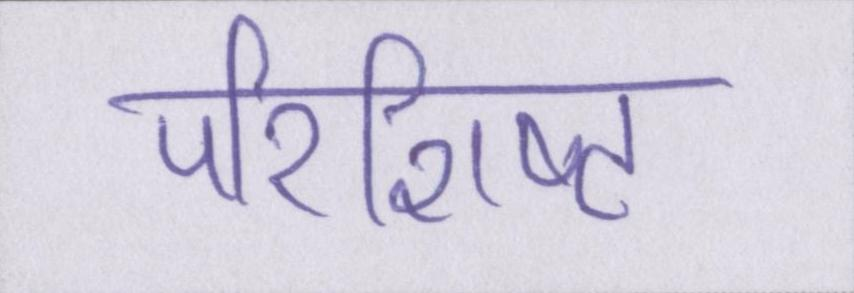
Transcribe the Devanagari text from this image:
परिशिष्ट